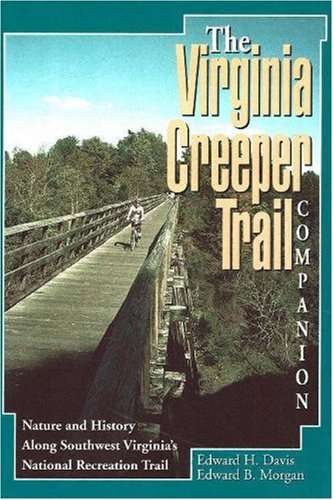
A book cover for Virginia Creeper Trail Companion The: Nature and History Along Southwest Virginia's National Recreation Trail; Edward Davis; Travel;